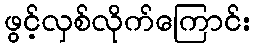
ဖွင့်လှစ်လိုက်ကြောင်း